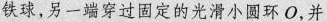
铁球，另一端穿过固定的光滑小圆环O，并